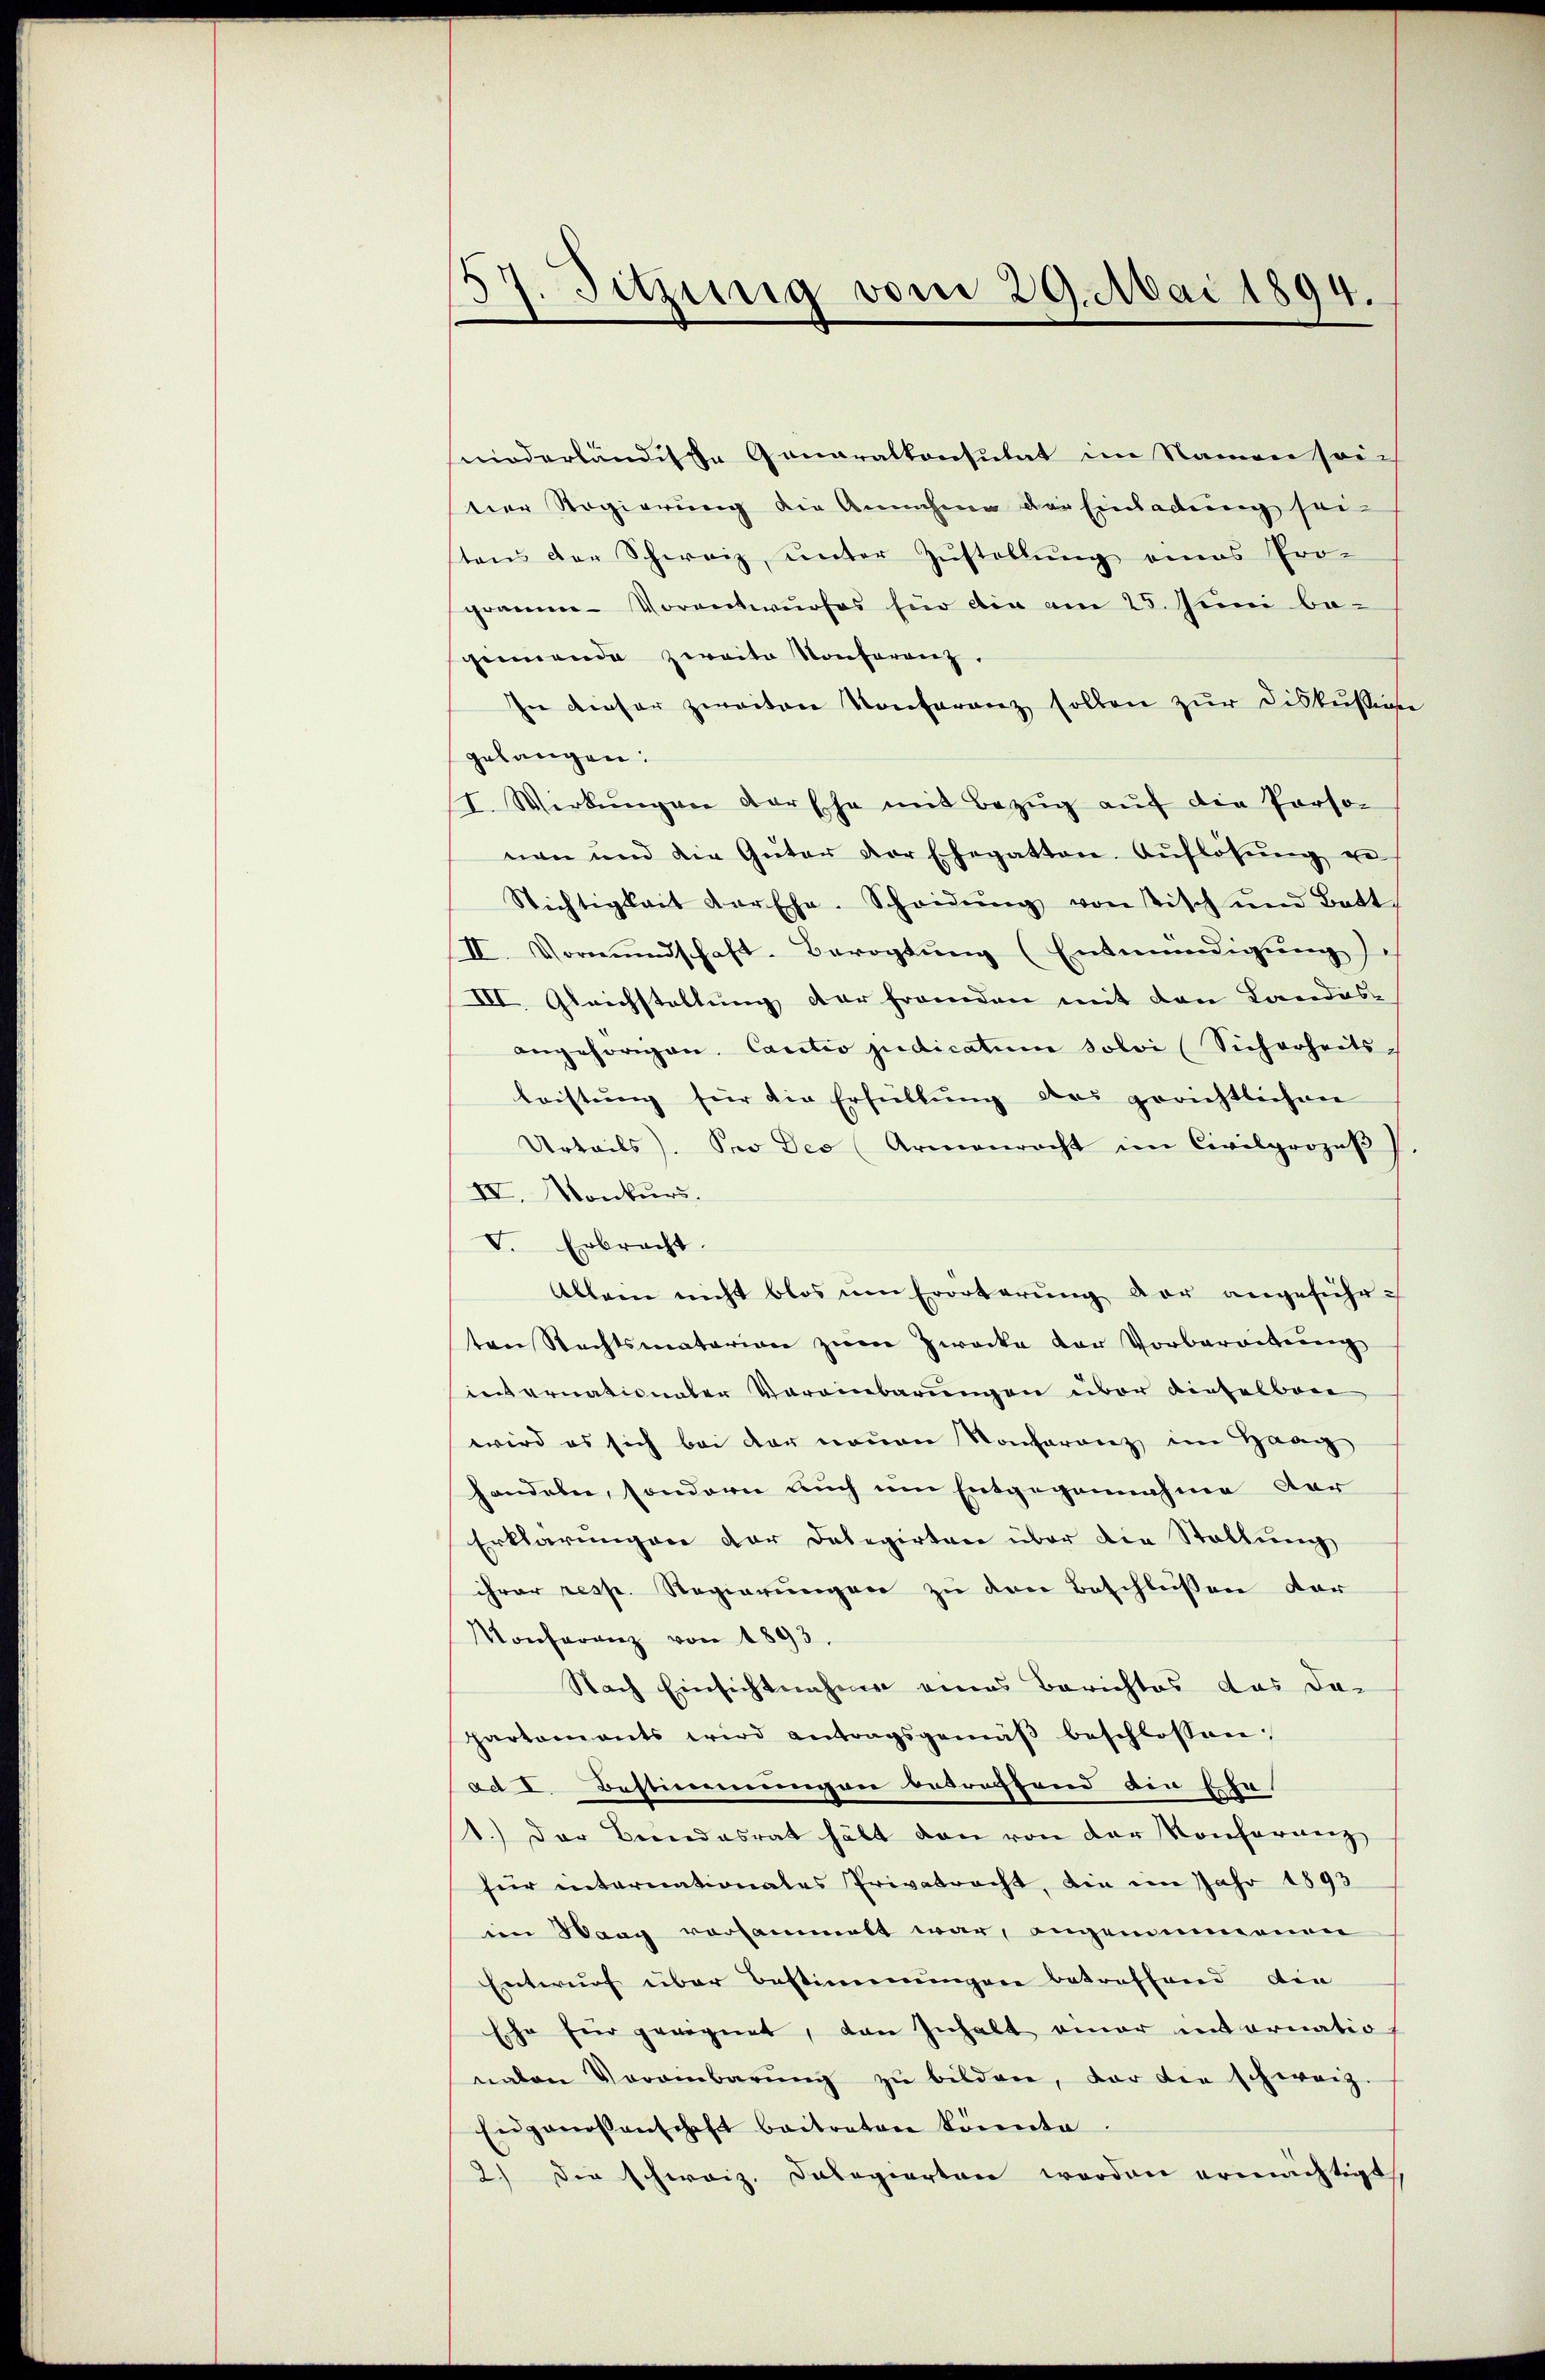
37. Sitzung vom 29. Mai 1894.

niederländische Generalkonsulat im Namen sei-
ter Regierung die Annahme der Einladung seitens der Schweiz, unter Zŭstellŭng eines Pro-
gräume Vorantwurfes für die am 25. Juni be-
gemende zweite Konferenz.
In dieser zweiten Konferenz sollen zur Diskussion
gelangen:
I. Wirkungen der Ehe mit Bezŭg aŭf die Perso-
nen und die Güter der Ehegatten. Aŭflösung ges
Nichtigkeit der Ehe-Scheidŭng von Tisch und Batt
II. Vormundschaft-Berogtŭng (Entmündigŭng
III. Gleichstellung der franden mit den Landos-
angehörigen. Cautio judicatum solvi (Sicherheitsleistŭng für die Erfüllŭng des gerichtlichen
Urteils). Pro Deo (Armenracht im Civilprozeß
IV. Monkurs.
V. Erbrecht.
Allein nicht blos ŭm Erörterŭng der angeführten Rechtsmatarian zum Zwecke der Vorbereitung
internationaler Vereinbarungen über dieselbare
wird es sich bei der neuen Konferenz im Haag
handeln, sondern auch um Entgegennahme der
Erklärungen der Delegirten über die Stellung
ihrer resp. Regierungen zu den Beschlüssen der
Konferenz von 1893.
Nach Einsichtnahme eines Berichtes das da-
partaments wird antragsgemäβ beschlossen:
ad I. Bestimmungen besrechtend die Ehe
1.) Der Bundesrat hält von von der Konformeng
für internationales Privatrecht, die im Jahr 1893
im Waag vorsammelt war, angenommenen
Entwurf über Bestimmungen betreffend die
Ehe für geeignet, den Inhalt einer internatio
nalen Vereinbarŭng zŭ bilden, der die schweiz.
Eidgenossenschaft beitreten könnte
2) Die schweiz. Dalogierten worden ermächtigt